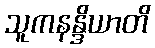
သူကနန္ဒိယာတိ